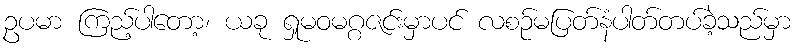
ဥပမာ ကြည့်ပါတော့၊ ယခု ရှုမဝမဂ္ဂဇင်းမှာပင် လစဉ်မပြတ်နံပါတ်တပ်ခဲ့သည်မှာ